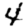
Digit: 4